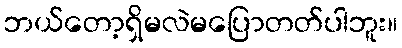
ဘယ်တော့ရှိမလဲမပြောတတ်ပါဘူး။